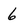
Character: 6